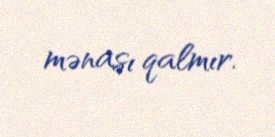
mənası qalmır.